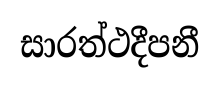
සාරත්ථදීපනී